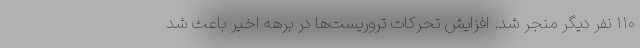
۱۱۰ نفر دیگر منجر شد. افزایش تحرکات تروریست‌ها در برهه اخیر باعث شد